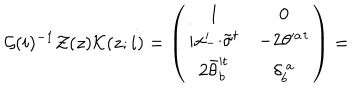
{ \cal G } ( i ) ^ { - 1 } { \cal Z } ( z ) { \cal K } ( z ; i ) = \left( \begin{array} { c c } { { 1 } } & { { 0 } } \\ { { i x _ { - } ^ { \prime } { \cdot \tilde { \sigma } } ^ { t } } } & { { - 2 \theta ^ { \prime a } { } ^ { t } } } \\ { { 2 \bar { \theta } _ { b } ^ { \prime t } } } & { { \delta _ { b } ^ { ~ a } } } \\ \end{array} \right) =